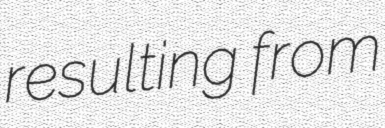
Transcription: resulting from